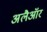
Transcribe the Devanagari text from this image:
अलैऑर